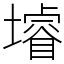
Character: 龼